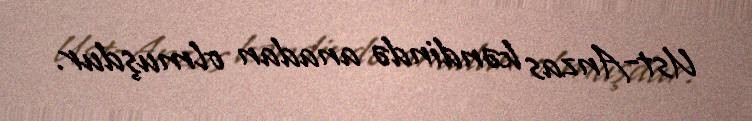
Ust-Anzas kəndində anadan olmuşdur.